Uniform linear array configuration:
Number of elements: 48
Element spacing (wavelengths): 1
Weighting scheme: cosine
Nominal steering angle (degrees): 60
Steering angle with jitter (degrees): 60.177
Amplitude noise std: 0.05
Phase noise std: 0.05

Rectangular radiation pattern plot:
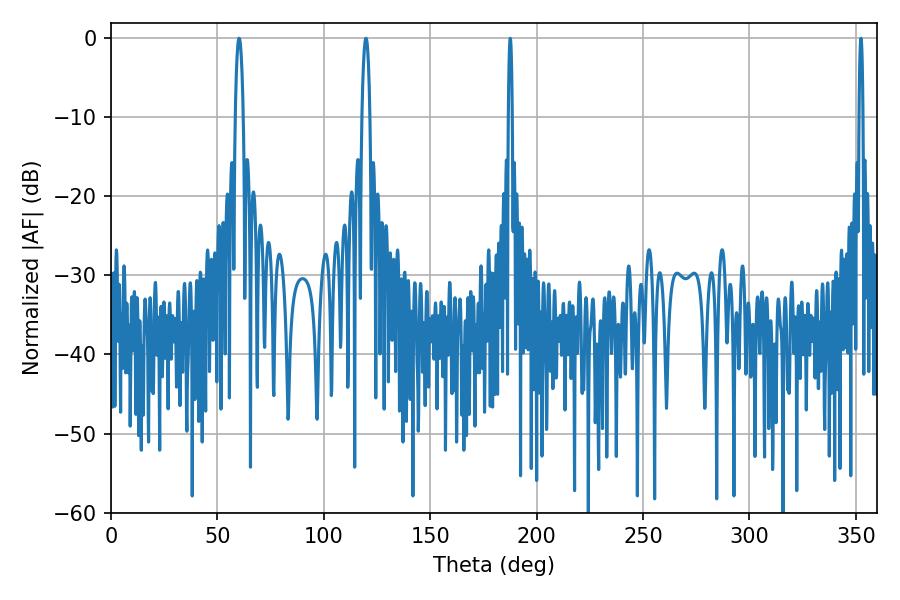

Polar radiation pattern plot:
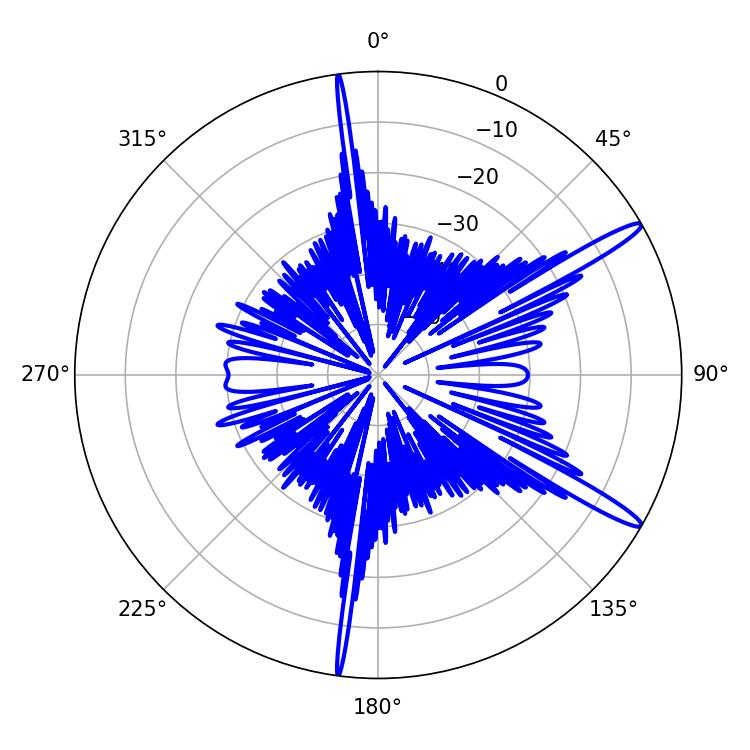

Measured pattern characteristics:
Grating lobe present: TRUE
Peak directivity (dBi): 14.726
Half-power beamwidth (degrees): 1.98
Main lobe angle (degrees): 119.88